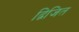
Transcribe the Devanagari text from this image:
द्विजित